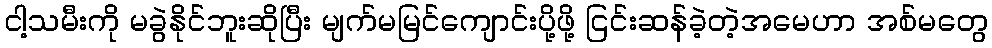
ငါ့သမီးကို မခွဲနိုင်ဘူးဆိုပြီး မျက်မမြင်ကျောင်းပို့ဖို့ ငြင်းဆန်ခဲ့တဲ့အမေဟာ အစ်မတွေ